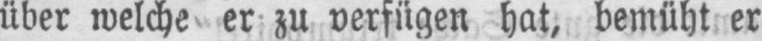
über welche er zu verfügen hat, bemüht er